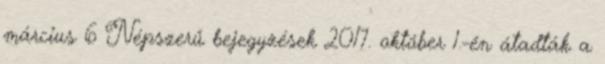
március 6 Népszerű bejegyzések 2017. október 1.-én átadták a